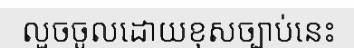
លួចចូលដោយខុសច្បាប់នេះ